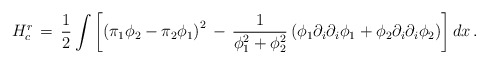
\begin{align*}H_{c}^{r}\, =\, {1\over 2} \int \left[ \left( \pi_1 \phi_2 - \pi_2 \phi_1 \right)^2\, -\, {1\over \phi_{1}^{2} + \phi_{2}^{2}}\left(\phi_1 \partial_i\partial_i \phi_1 + \phi_2 \partial_i \partial_i \phi_2\right)\right] dx\, .\end{align*}